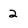
Character: 2